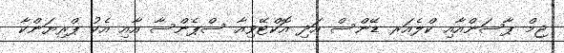
ޖިމް ޕާސަންއާއި ކްލެއަރ ޑޭންސް އަދި އޮކްޓޭވިއާ ސްޕެންސާ އާއި އެކު ޕްރިޔަންކާ